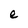
Character: e